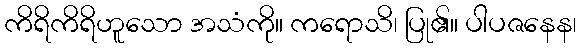
ကိရိကိရိဟူသော အသံကို။ ကရောသိ၊ ပြု၏။ ပါပဇနေန၊